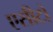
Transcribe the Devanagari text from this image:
एसीटो